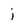
Character: j